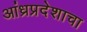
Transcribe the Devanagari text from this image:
आंध्रप्रदेशाचा